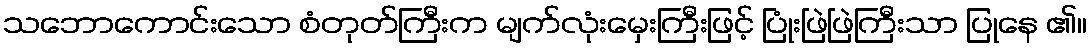
သဘောကောင်းသော စံတုတ်ကြီးက မျက်လုံးမှေးကြီးဖြင့် ပြုံးဖြဲဖြဲကြီးသာ ပြုနေ ၏။